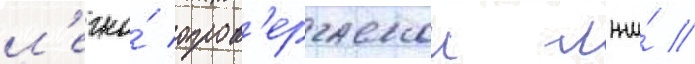
л'егко́ опров'ергаемои лжи́ //